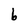
Character: b